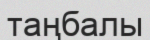
таңбалы